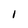
Character: l